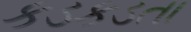
કડકડતા